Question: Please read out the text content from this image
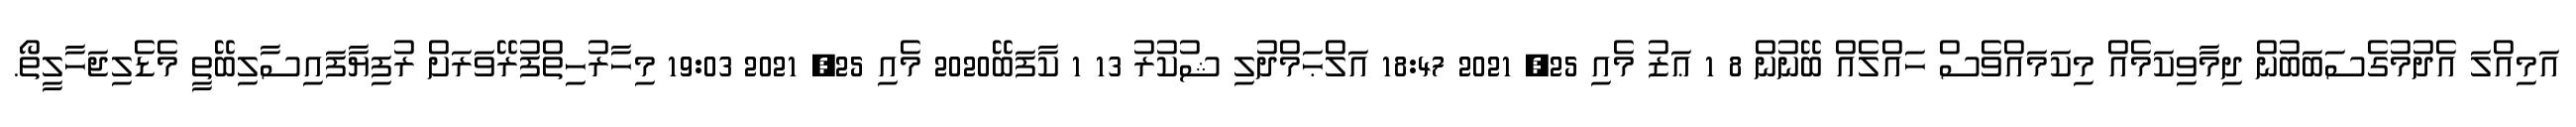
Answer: އަމިއްލަ އެދުމުގެސަބަބުން ދިމާވިކަމެއް މިކަމައްވެސް ހައްލެއް ބޭނުން 8 1 ޢަޒު މެއި 25, 2021 18:47 އަލްޙަމްދުލި ޝުކުރު 13 1 ކާފަބޭ2020 މެއި 25, 2021 19:03 މިހާރުހިތްފުރޭވަރަށް ރުފިޔާފައިސާލިބޭތީ މެޑެލިޖަހާލީތޯ.